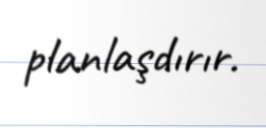
planlaşdırır.